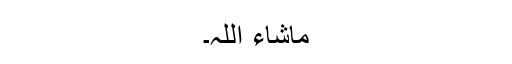
ماشاء اللہ۔